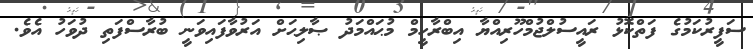
ސަފީރުކަމުގެ ފަތްކޮޅު ރައީސުލްޖުމްހޫރިއްޔާ އިބްރާހީމް މުޙައްމަދު ޞާލިޙަށް އަރުވާފައިވަނީ ބުރާސްފަތި ދުވަހު އެވެ.